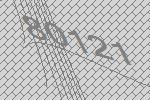
80121